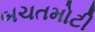
બચતમોટી